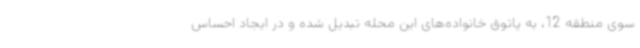
سوی منطقه 12، به پاتوق خانواده‌های این محله تبدیل شده و در ایجاد احساس